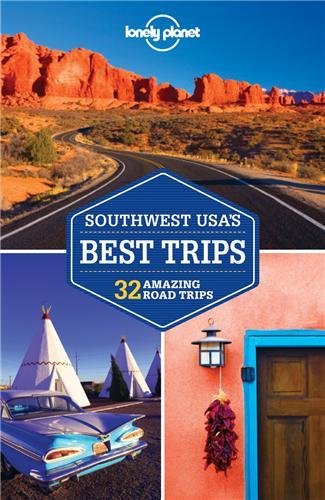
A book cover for Lonely Planet Southwest USA's Best Trips (Travel Guide); Lonely Planet; Travel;